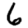
Digit: 6